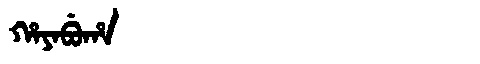
Manchu: ᡥᠠᠶᠠᠪᡠᡥᠠ
Romanization: HAYABUHA